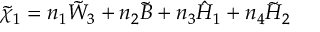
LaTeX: \tilde { \chi } _ { 1 } = n _ { 1 } \tilde { W } _ { 3 } + n _ { 2 } \tilde { B } + n _ { 3 } \hat { H } _ { 1 } + n _ { 4 } \tilde { H } _ { 2 } \,